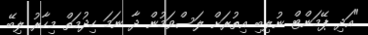
"އަދި ޕޭމަންޓް ނުލިބި އިތުރަށް ލަސްވަމުން ދާ ނަމަ ހިދުމަތް މިހާރު ލިބޭ